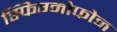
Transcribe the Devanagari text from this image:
स्फिग्मोफोन